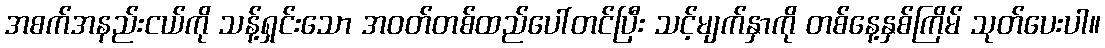
အစက်အနည်းငယ်ကို သန့်ရှင်းသော အဝတ်တစ်ထည်ပေါ်တင်ပြီး သင့်မျက်နှာကို တစ်နေ့နှစ်ကြိမ် သုတ်ပေးပါ။